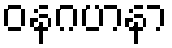
ဝနဂဟနာ